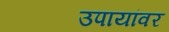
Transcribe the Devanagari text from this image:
उपायांवर